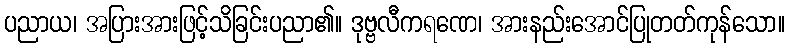
ပညာယ၊ အပြားအားဖြင့်သိခြင်းပညာ၏။ ဒုဗ္ဗလီကရဏေ၊ အားနည်းအောင်ပြုတတ်ကုန်သော။